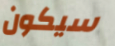
سيكون